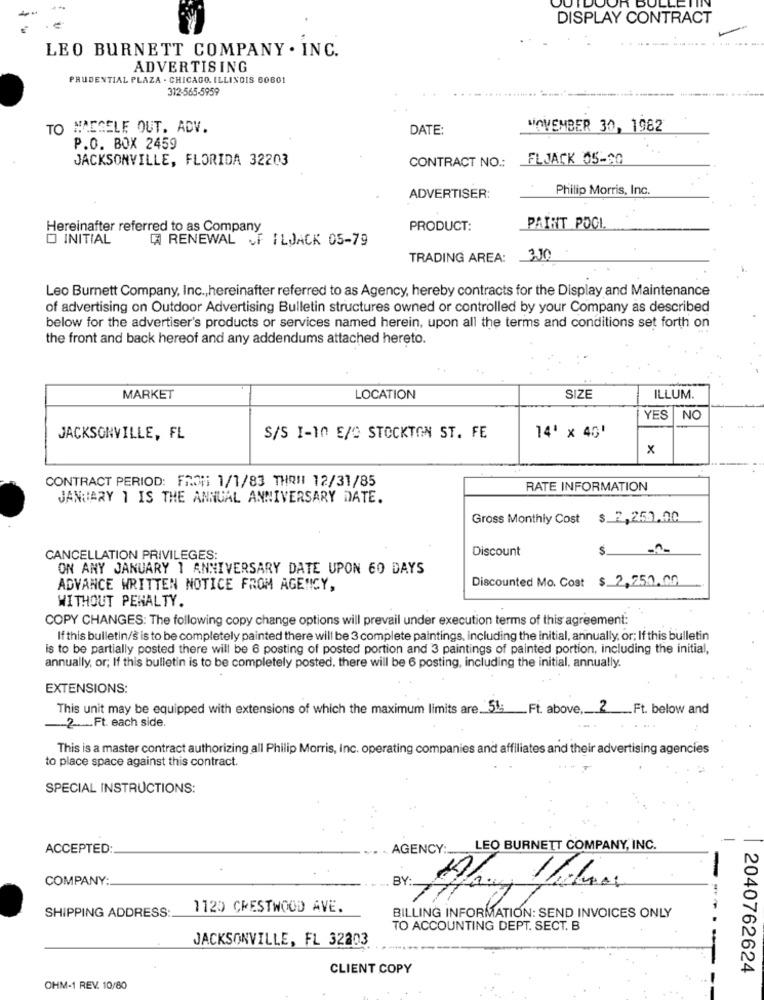
DISPLAY CONTRACT
LEO BURNETT COMPANY . INC.
ADVERTISING
PRUDENTIAL PLAZA . CHICAGO, ILLINOIS 60601
312-565-5959
TO MACGELE OUT. ADV.
DATE:
NOVEMBER 30, 1982
P.O. BOX 2459
JACKSONVILLE, FLORIDA 32203
FLJACK 05-20
CONTRACT NO .:
Philip Morris, Inc.
ADVERTISER:
Hereinafter referred to as Company
PRODUCT:
PATHIT POOL
O INITIAL
RENEWAL of ILJACK 05-79
TRADING AREA: 310
Leo Burnett Company, Inc ., hereinafter referred to as Agency, hereby contracts for the Display and Maintenance
of advertising on Outdoor Advertising Bulletin structures owned or controlled by your Company as described
below for the advertiser's products or services named herein, upon all the terms and conditions set forth on
the front and back hereof and any addendums attached hereto.
MARKET
LOCATION
SIZE
ILLUM.
YES NO
JACKSONVILLE, FL
S/S I-10 E/C STOCKTON ST. FE
14' × 40'
x
CONTRACT PERIOD: FROM: 1/1/83 THONI 12/31/85
RATE INFORMATION
JANUARY 1 IS THE ANNUAL ANNIVERSARY DATE.
Gross Monthly Cost $ 2,250.00
Discount
$.
CANCELLATION PRIVILEGES:
ON ANY JANUARY 1 ANNIVERSARY DATE UPON 60 DAYS
Discounted Mo. Cost $ 2,250.00
ADVANCE WRITTEN NOTICE FROM AGENCY,
WITHOUT PENALTY.
COPY CHANGES: The following copy change options will prevail under execution terms of this agreement:
If this bulletin/s is to be completely painted there will be 3 complete paintings, including the initial, annually, or; If this bulletin
is to be partially posted there will be 6 posting of posted portion and 3 paintings of painted portion, including the initial,
annually, or; If this bulletin is to be completely posted, there will be 6 posting, including the initial, annually.
EXTENSIONS:
This unit may be equipped with extensions of which the maximum limits are 5%: Ft. above, 2 Ft. below and
-2-Ft. each side.
This is a master contract authorizing all Philip Morris, inc. operating companies and affiliates and their advertising agencies
to place space against this contract.
SPECIAL INSTRUCTIONS:
ACCEPTED:
AGENCY :_
LEO BURNETT COMPANY, INC.
COMPANY:
BY:
SHIPPING ADDRESS:
1120 CRESTWOOD AVE.
BILLING INFORMATION: SEND INVOICES ONLY
TO ACCOUNTING DEPT. SECT. B
JACKSONVILLE, FL 32203
CLIENT COPY
2040762624
OHM-1 REV. 10/80